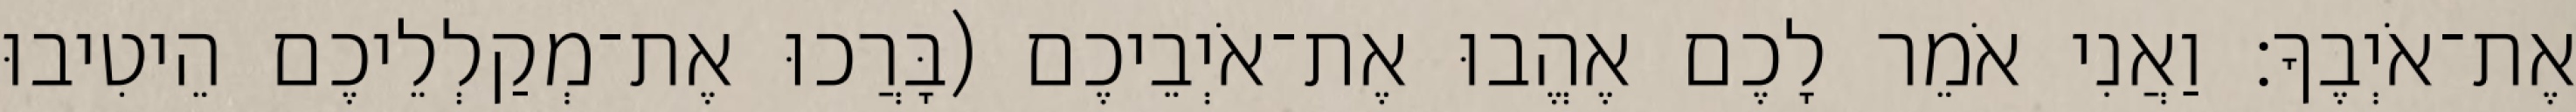
אֶת־אֹיְבֶךָ׃ וַאֲנִי אֹמֵר לָכֶם אֶהֱבוּ אֶת־אֹיְבֵיכֶם (בָּרֲכוּ אֶת־מְקַלְלֵיכֶם הֵיטִיבוּ